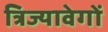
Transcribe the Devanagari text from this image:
त्रिज्यावेगों